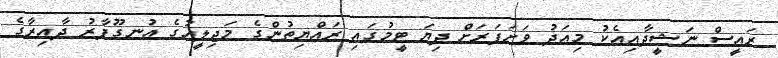
ރައީސް ނަޝީދާއިއެކު މިއަދު ވަށަފަރަށް ދިޔަ ޓީމުގައި ރައްޔިތުންގެ މަޖިލީހުގެ އުނގޫފާރު ދާއިރާގެ